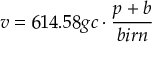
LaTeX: v = 6 1 4 . 5 8 g c \cdot { \frac { p + b } { b i r n } }